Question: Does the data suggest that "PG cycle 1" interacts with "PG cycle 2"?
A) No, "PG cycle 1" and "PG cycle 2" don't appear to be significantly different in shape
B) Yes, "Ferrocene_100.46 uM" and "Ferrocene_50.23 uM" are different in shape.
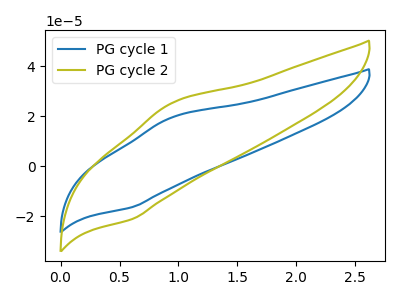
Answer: <think>The blue curve "PG cycle 1" has an anodic peak at (0.95V, 19.50uA) and a cathodic peak at (0.60V, -16.25uA). The olive curve "PG cycle 2" has an anodic peak at (0.95V, 25.25uA) and a cathodic peak at (0.60V, -21.00uA).
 All the peaks in "PG cycle 1" have a peak in "PG cycle 2" at the same potential. Every peak in "PG cycle 1" is lower than every peak in "PG cycle 2".</think>
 <answer>A) No, "PG cycle 1" and "PG cycle 2" don't appear to be significantly different in shape</answer>
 <eval>A</eval>